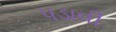
પડાવી